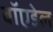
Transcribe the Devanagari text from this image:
बॉएडेल